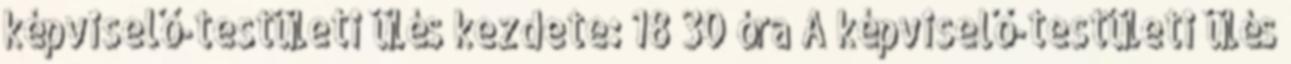
képviselő-testületi ülés kezdete: 18 30 óra A képviselő-testületi ülés